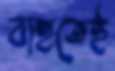
বাহুতেই